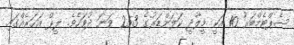
ސެޕްޓެމްބަރު 10 އަކީ މީލާދީ ކަލަންޑަރުގެ 253 ވަނަ ދުވަހެވެ. ލީޕް އަހަރެއްގައި